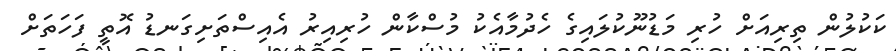
ކަކުލުން ތިރިއަށް ހުރި މަޑުނޫކުލައިގެ ހެދުމާއެކު މުސްކާން ހުރިއިރު އެއިސްތަށިގަނޑު އޮތީ ފަހަތަށް